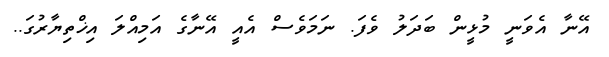
އޭނާ އެވަނީ މުޅީން ބަދަލު ވެފަ. ނަމަވެސް އެއީ އޭނާގެ އަމިއްލަ އިޚްތިޔާރުގަ..